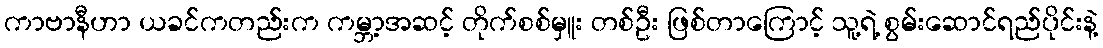
ကာဗာနီဟာ ယခင်ကတည်းက ကမ္ဘာ့အဆင့် တိုက်စစ်မှူး တစ်ဦး ဖြစ်တာကြောင့် သူ့ရဲ့ စွမ်းဆောင်ရည်ပိုင်းနဲ့